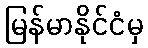
မြန်မာနိုင်ငံမှ